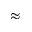
\approx